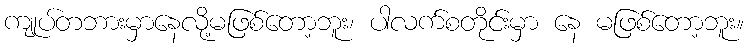
ကျုပ်တဘားမှာနေလို့မဖြစ်တော့ဘူး၊ ပါလက်စတိုင်းမှာ နေ မဖြစ်တော့ဘူး။